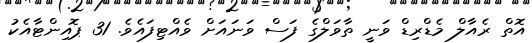
އޮތް ރެއާލް މެޑްރިޑް ވަނީ ތާވަލްގެ ފަސް ވަނައަށް ވެއްޓިފައެވެ. 31 ޕޮއިންޓާއެކު